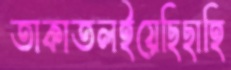
তাকাতলইয়েছিছাহি